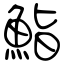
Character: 鮨